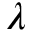
\lambda